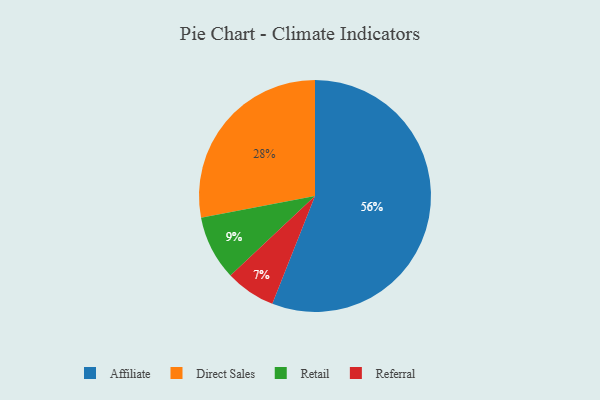
{"axis": {"x": "Category", "y": "Percentage"}, "legend": ["Affiliate", "Direct Sales", "Referral", "Retail"], "data": [{"x": "Affiliate", "y": 56, "type": "Affiliate"}, {"x": "Retail", "y": 9, "type": "Retail"}, {"x": "Referral", "y": 7, "type": "Referral"}, {"x": "Direct Sales", "y": 28, "type": "Direct Sales"}]}